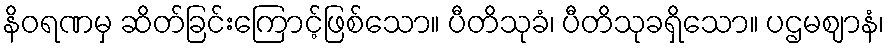
နိဝရဏမှ ဆိတ်ခြင်းကြောင့်ဖြစ်သော။ ပီတိသုခံ၊ ပီတိသုခရှိသော။ ပဌမဈာနံ၊